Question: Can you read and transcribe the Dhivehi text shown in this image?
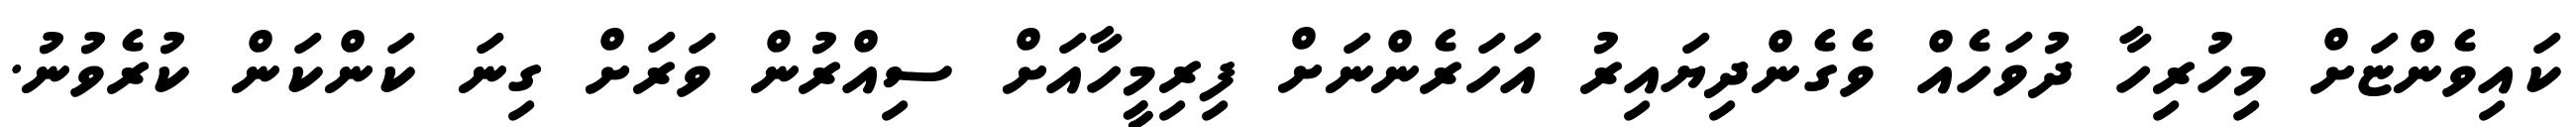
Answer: ކައިވެންޏަށް މިހުރިހާ ދުވަހެއް ވެގެންދިޔައިރު އަހަރެންނަށް ފިރިމީހާއަށް ސިއްރުން ވަރަށް ގިނަ ކަންކަން ކުރެވުނު.